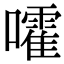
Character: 嚯